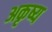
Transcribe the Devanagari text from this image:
अकृष्य